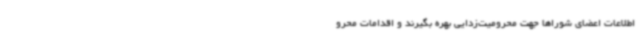
اطلاعات اعضای شوراها جهت محرومیت‌زدایی بهره بگیرند و اقدامات محرو